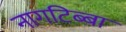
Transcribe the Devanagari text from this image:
नागटिब्बा